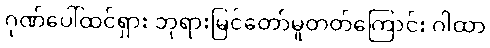
ဂုဏ်ပေါ်ထင်ရှား ဘုရားမြင်တော်မူတတ်ကြောင်း ဂါထာ